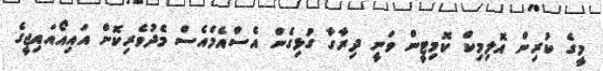
މީގެ ކުރިން އޮލިމިކް ކޮމިޓީން ވަނީ ދިރާގާ ގުޅިގެން އެސްއެމްއެސް މެދުވެރިކޮށް އައިއޯއައިޖީގެ